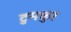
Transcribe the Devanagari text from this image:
टुमकुर